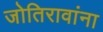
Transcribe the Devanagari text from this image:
जोतिरावांना